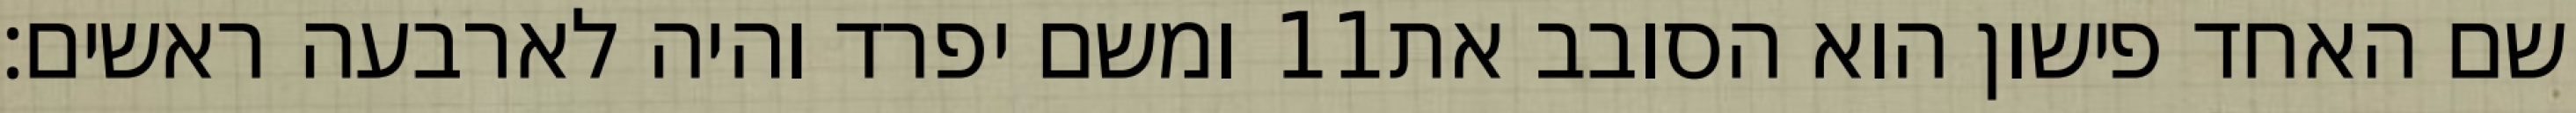
ומשם יפרד והיה לארבעה ראשים׃ ‎11‏ שם האחד פישון הוא הסובב את